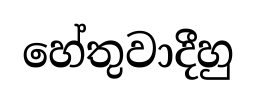
හේතුවාදීහු